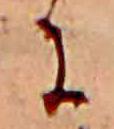
に